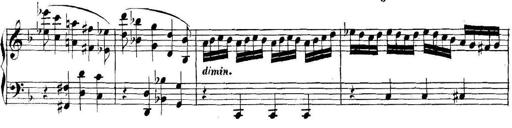
Title: Collected Piano Sonatas
Composer: Muzio Clementi